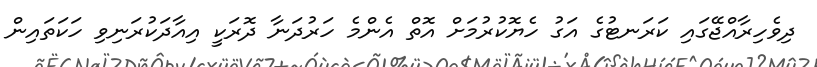
ދިވެހިރާއްޖޭގައި ކަރަނޓުގެ އަގު ހެޔޮކުރުމަށް އޮތް އެންމެ ހަރުދަނާ ދޮރަކީ އިއާދަކުރަނިވި ހަކަތައިން